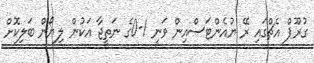
ގުރޫޕް އެޗްގައި ރޭ ޔުއެންޓަސްއިން ވަނީ 1-0ގެ ނަތީޖާ އަކުން ލިޔޯން ބަލިކޮށް